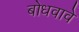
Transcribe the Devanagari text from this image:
बोधवावे